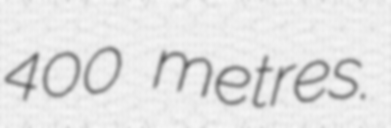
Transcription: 400 metres.